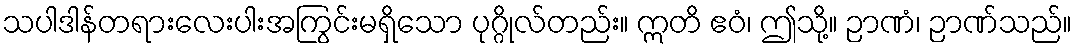
သပါဒါန်တရားလေးပါးအကြွင်းမရှိသော ပုဂ္ဂိုလ်တည်း။ ဣတိ ဧဝံ၊ ဤသို့။ ဉာဏံ၊ ဉာဏ်သည်။